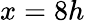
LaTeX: x=8h